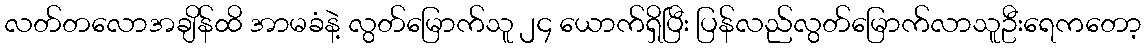
လတ်တလောအချိန်ထိ အာမခံနဲ့ လွတ်မြောက်သူ ၂၄ ယောက်ရှိပြီး ပြန်လည်လွတ်မြောက်လာသူဦးရေကတော့